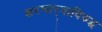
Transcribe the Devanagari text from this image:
करणार्‍याविरुद्ध